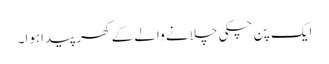
ایک پن چکی چلانے والے کے گھر پیداہوا۔